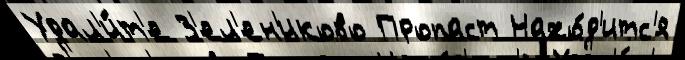
Удал'и́т'е З'ел'ен'иково Пропаст Нахо́д'итс'я